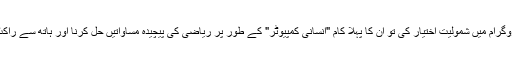
1958 میں جب فنلے نے امریکی خلائی پروگرام میں شمولیت اختیار کی تو ان کا پہلا کام "انسانی کمپیوٹر" کے طور پر ریاضی کی پیچیدہ مساواتیں حل کرنا اور ہاتھ سے راکٹ کے پرواز کے راستے پر نظر رکھنا تھا۔